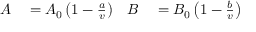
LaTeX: \begin{array} { r l r l } { A } & { { } = A _ { 0 } \left( 1 - { \frac { a } { v } } \right) } & { B } & { { } = B _ { 0 } \left( 1 - { \frac { b } { v } } \right) } \end{array}